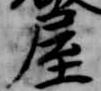
屋